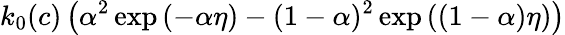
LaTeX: k_{0}(c)\left(\alpha^{2}\exp{\left(-\alpha\eta\right)}-(1-\alpha)^{2}\exp{\left((1-\alpha)\eta\right)}\right)